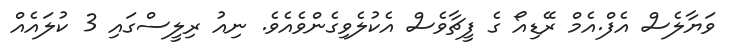
ވަޔާލެސް އެފް.އެމް ރޭޑިއޯ ގެ ފީޗާވެސް އެކުލެވިގެންވެއެވެ. ނިއު ރިލީސްގައި 3 ކުލައެއް